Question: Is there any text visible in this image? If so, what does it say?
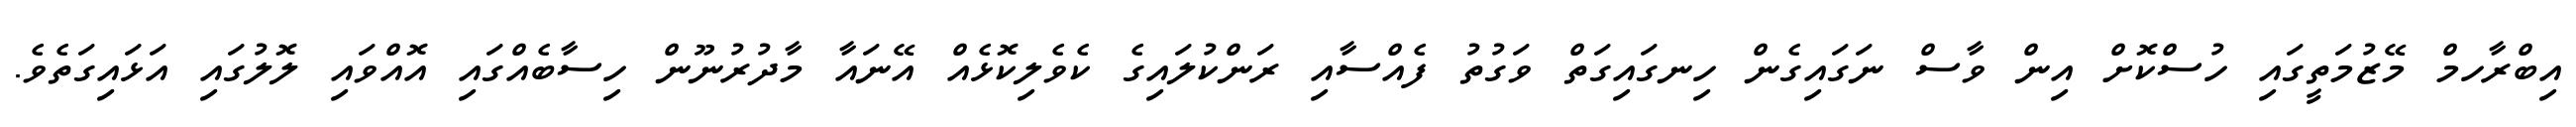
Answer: އިބްރާހމް މޭޒުމަތީގައި ހުސްކޮށް އިން ވާސް ނަގައިގެން ހިނގައިގަތް ވަގުތު ފެއްސާއި ރަންކުލައިގެ ކެވެލިކޮޅެއް އޭނައާ މާދުރުނޫން ހިސާބެއްގައި އޮއްވައި ލޮލުގައި އަޅައިގަތެވެ.